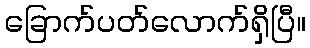
ခြောက်ပတ်လောက်ရှိပြီ။